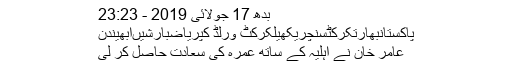
بدھ 17 جولائی 2019 - 23:23
پاکستانبھارتکرکٹسنچریکھیلکرکٹ ورلڈ کپریاضبارشیںابھیندن
عامر خان نے اہلیہ کے ساتھ عمرہ کی سعادت حاصل کر لی